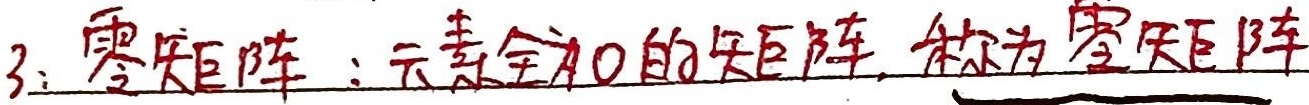
3. 零矩阵：元素全为0的矩阵，称为零矩阵